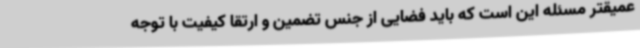
عمیقتر مسئله این است که باید فضایی از جنس تضمین و ارتقا کیفیت با توجه